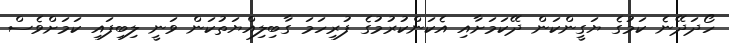
ހޯދަދޭނެ ކަމުގެ ޔަގީންކަން ދޭކަމަށާއި އެކަންކުރުމުގެ ފުރިހަމަ ގާބިލިއްޔަތުކަން ވަނީ ލިބިފައި ކަމަށްވެސް